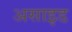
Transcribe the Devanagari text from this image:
असाइड